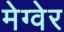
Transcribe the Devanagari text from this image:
मेग्वेर